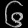
Digit: ၆